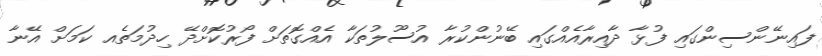
ފައިނޭންސިންގައި ފުޅާ ދާއިރާއެއްގައި ބޭނުންކުރާ އުސޫލުތަކާ އެއްގޮތަށް ފޯރުކޮށްދޭ ހިދުމަތެއ ކަމަށް އޭނާ